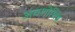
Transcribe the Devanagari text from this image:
अवशोशिष